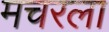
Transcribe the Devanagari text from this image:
मचरला